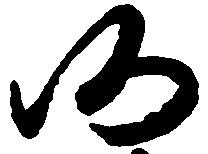
仍